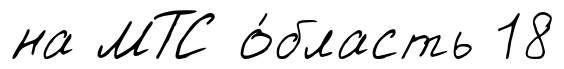
на МТС о́бласть 18